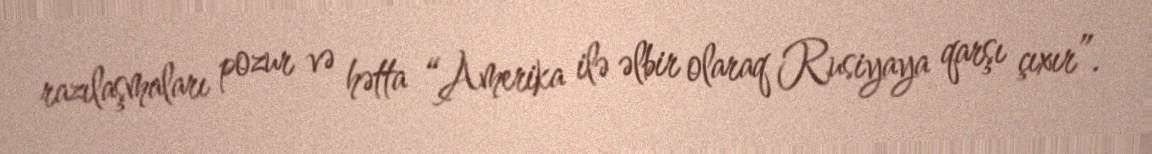
razılaşmaları pozur və hətta “Amerika ilə əlbir olaraq Rusiyaya qarşı çıxır”.